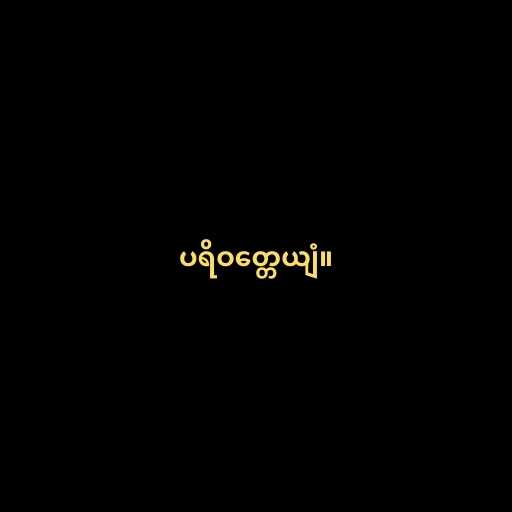
ပရိဝတ္တေယျံ။